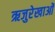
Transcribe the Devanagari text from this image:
ऋजुरेखाओं